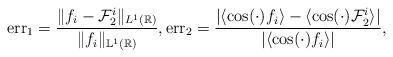
LaTeX: \begin{align*}\mathrm{err}_1=\frac{\|f_i-\mathcal{F}^i_2\|_{{L}^1(\mathbb{R})}}{\|f_i\|_{\mathbb{L}^1(\mathbb{R})}},\mathrm{err}_2=\frac{|\langle \cos(\cdot) f_i\rangle- \langle\cos(\cdot)\mathcal{F}^i_2\rangle|}{|\langle \cos(\cdot)f_i\rangle|},\end{align*}